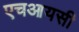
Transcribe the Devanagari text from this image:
एचआयसी